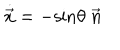
{ \dot { \vec { x } } } = - \mathrm { s i n } \theta \; \vec { n }